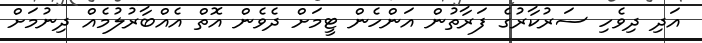
އަދި ދިވެހި ސަރުކާރުގެ ފަރާތުން އަންހެން ޓީމަށް ދެވެން އޮތް އެއްބާރުލުމެއް ދިނުމަށް